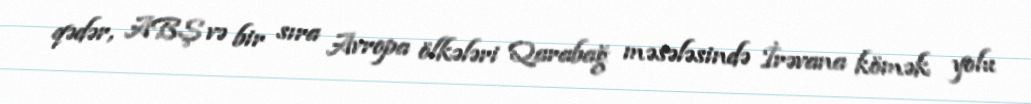
qədər, ABŞ və bir sıra Avropa ölkələri Qarabağ məsələsində İrəvana kömək yolu